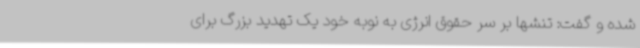
شده و گفت: تنشها بر سر حقوق انرژی به نوبه خود یک تهدید بزرگ برای